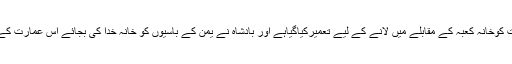
یمن میں موجود ایک عربی قریشی نوجوان نے جب سناکہ اس عمارت کوخانہ کعبہ کے مقابلے میں لانے کے لیے تعمیرکیاگیاہے اور بادشاہ نے یمن کے باسیوں کو خانہ خدا کی بجائے اس عمارت کے حج کاحکم دے دیاہے تویہ بات اس کے لیے ناقابل برداشت ہوگئی۔